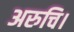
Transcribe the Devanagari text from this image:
अरुचि।